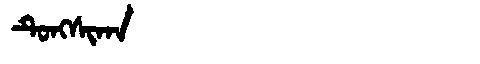
Manchu: ᡨᡠᠩᠰᡳᡴᠠ
Romanization: TUNGSIKA